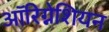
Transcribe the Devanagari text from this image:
ऑरिग्नेशियन